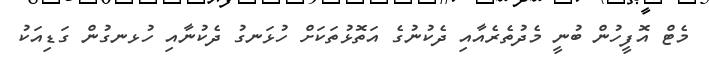
މެޓް އޮފީހުން ބުނީ މެދުތެރެއާއި ދެކުނުގެ އަތޮޅުތަކަށް ހުޅަނގު ދެކުނާއި ހުޅނގުން ގަޑިއަކު